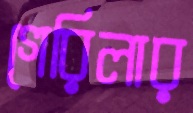
গেরিলার